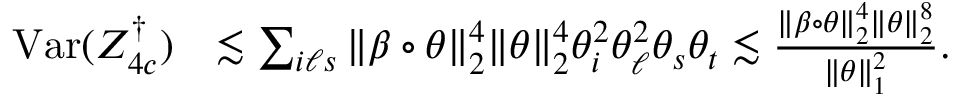
\begin{array} { r l } { \mathrm { V a r } ( Z _ { 4 c } ^ { \dag } ) } & { \lesssim \sum _ { i \ell s } \| \beta \circ \theta \| _ { 2 } ^ { 4 } \| \theta \| _ { 2 } ^ { 4 } \theta _ { i } ^ { 2 } \theta _ { \ell } ^ { 2 } \theta _ { s } \theta _ { t } \lesssim \frac { \| \beta \circ \theta \| _ { 2 } ^ { 4 } \| \theta \| _ { 2 } ^ { 8 } } { \| \theta \| _ { 1 } ^ { 2 } } . } \end{array}